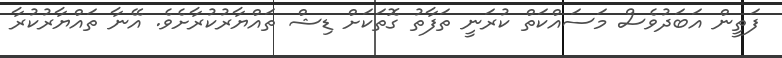
ފަތީން އަބަދުވެސް މަސައްކަތް ކުރަނީ ތަފާތުު ގޮތަކަށް ޑިޝް ތައްޔާރުކުރާށެވެ. އޭނާ ތައްޔާރުކުރާ